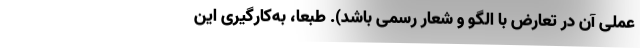
عملی آن در تعارض با الگو و شعار رسمی باشد). طبعا، به‌کارگیری این